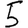
Digit: 5